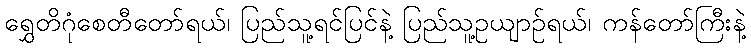
ရွှေတိဂုံစေတီတော်ရယ်၊ ပြည်သူ့ရင်ပြင်နဲ့ ပြည်သူ့ဥယျာဉ်ရယ်၊ ကန်တော်ကြီးနဲ့